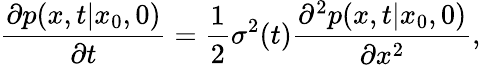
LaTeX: \frac{\partial p(x,t|x_{0},0)}{\partial t}=\frac{1}{2}\sigma^{2}(t)\frac{\partial^{2}p(x,t|x_{0},0)}{\partial x^{2}},